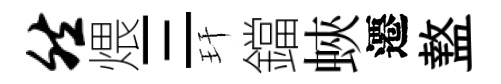
然煨三玕鐺蛺遷盩